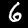
Digit: 6